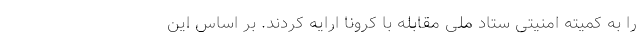
را به کمیته امنیتی ستاد ملی مقابله با کرونا ارایه کردند. بر اساس این